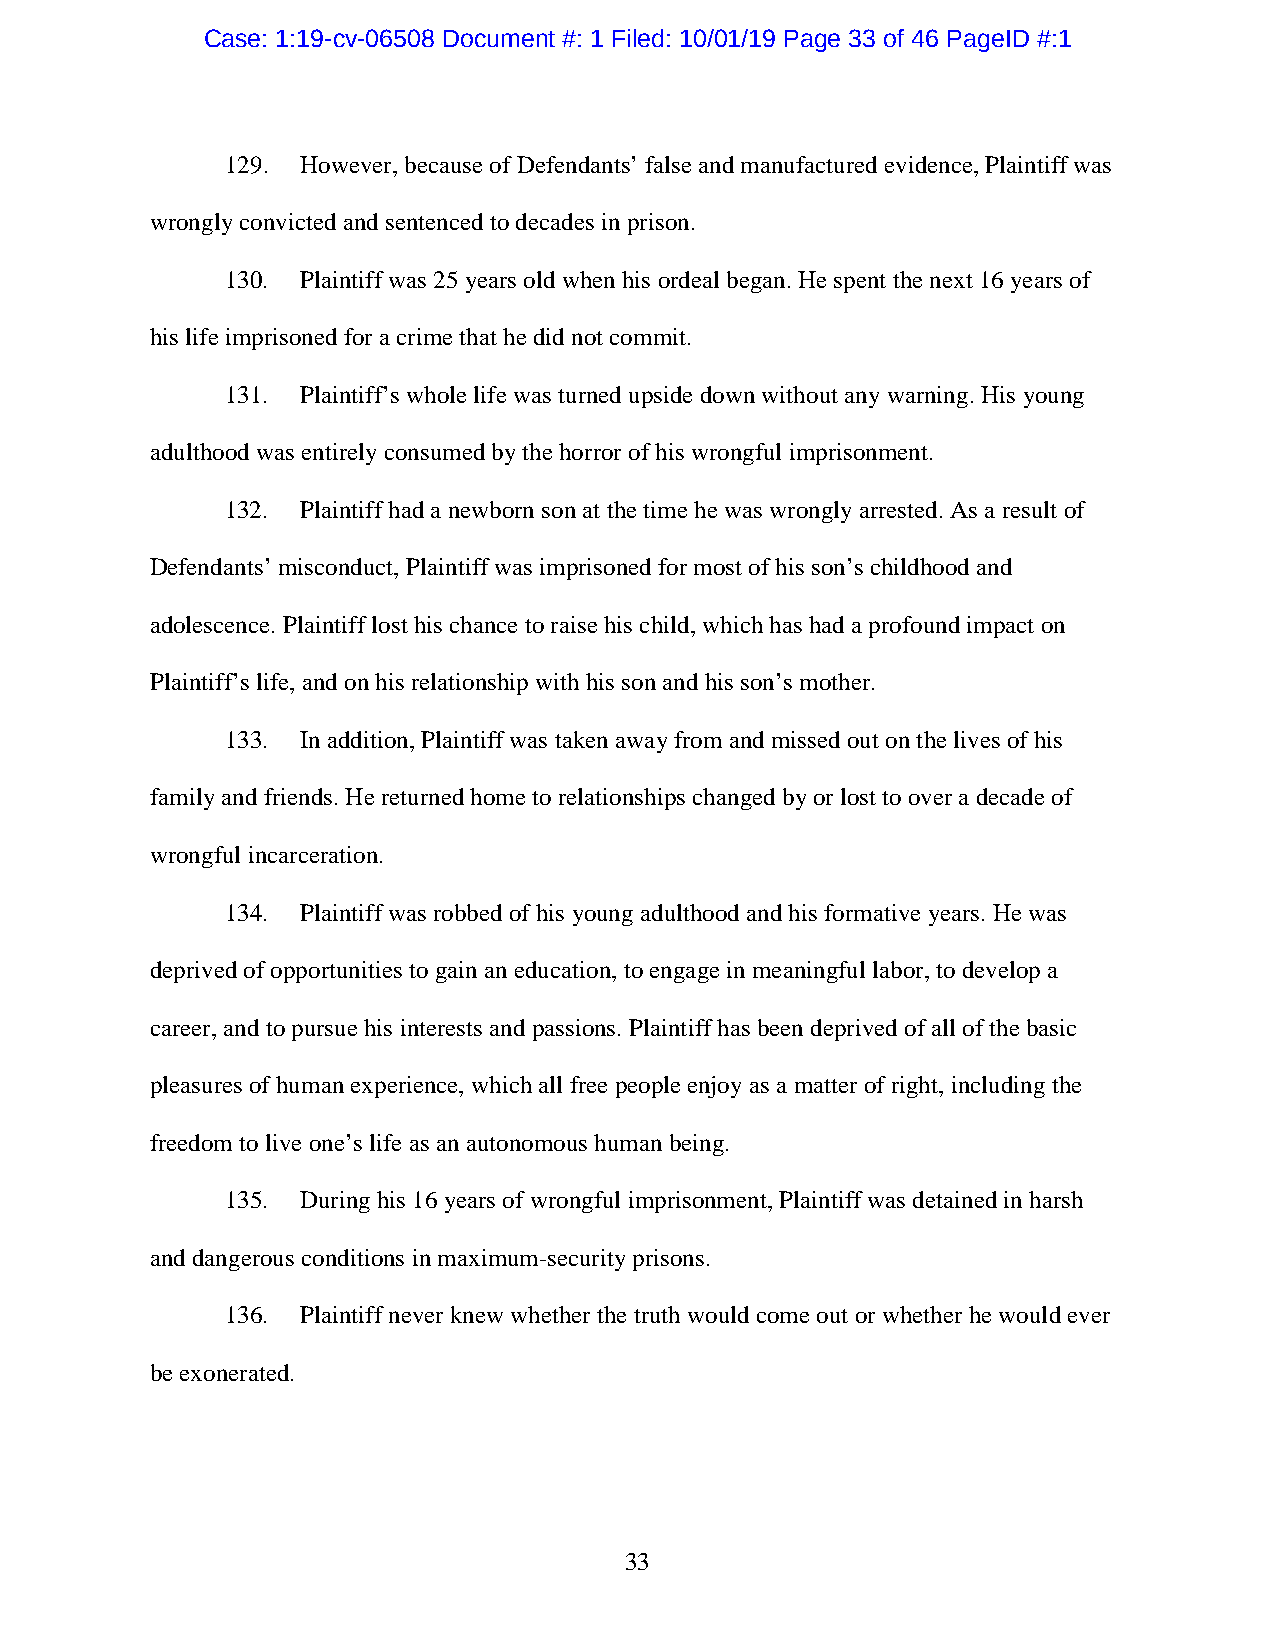
Case: 1:19-cv-06508 Document #: 1 Filed: 10/01/19 Page 33 of 46 PageID #:1
 129. However, because of Defendants’ false and manufactured evidence, Plaintiff was
 wrongly convicted and sentenced to decades in prison.
 130. Plaintiff was 25 years old when his ordeal began. He spent the next 16 years of
 his life imprisoned for a crime that he did not commit.
 131. Plaintiff’s whole life was turned upside down without any warning. His young
 adulthood was entirely consumed by the horror of his wrongful imprisonment.
 132. Plaintiff had a newborn son at the time he was wrongly arrested. As a result of
 Defendants’ misconduct, Plaintiff was imprisoned for most of his son’s childhood and
 adolescence. Plaintiff lost his chance to raise his child, which has had a profound impact on
 Plaintiff’s life, and on his relationship with his son and his son’s mother.
 133. In addition, Plaintiff was taken away from and missed out on the lives of his
 family and friends. He returned home to relationships changed by or lost to over a decade of
 wrongful incarceration.
 134. Plaintiff was robbed of his young adulthood and his formative years. He was
 deprived of opportunities to gain an education, to engage in meaningful labor, to develop a
 career, and to pursue his interests and passions. Plaintiff has been deprived of all of the basic
 pleasures of human experience, which all free people enjoy as a matter of right, including the
 freedom to live one’s life as an autonomous human being.
 135. During his 16 years of wrongful imprisonment, Plaintiff was detained in harsh
 and dangerous conditions in maximum-security prisons.
 136. Plaintiff never knew whether the truth would come out or whether he would ever
 be exonerated.
 33